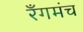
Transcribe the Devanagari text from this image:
रँगमंच